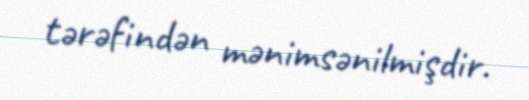
tərəfindən mənimsənilmişdir.